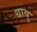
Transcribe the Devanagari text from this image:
धावु